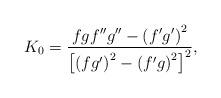
LaTeX: \begin{align*}K_{0}=\frac{fgf^{\prime \prime }g^{\prime \prime }-\left( f^{\prime}g^{\prime }\right) ^{2}}{\left[ \left( fg^{\prime }\right) ^{2}-\left(f^{\prime }g\right) ^{2}\right] ^{2}}, \end{align*}